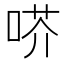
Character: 𠶋